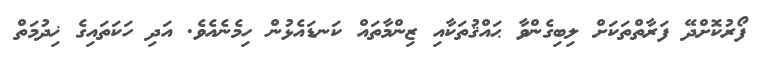
ފޯރުކޮށްދޭ ފަރާތްތަކަށް ލިބިގެންވާ ޙައްޤުތަކާއި ޒިންމާތައް ކަނޑައެޅުން ހިމެނެއެވެ. އަދި ހަކަތައިގެ ޚިދުމަތް